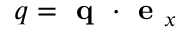
q = \textbf { q } \cdot \textbf { e } _ { x }